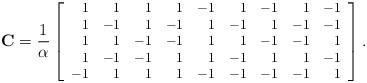
LaTeX: \begin{align*}\footnotesize\mathbf{C}=\frac{1}{\alpha}\left[\begin{array}{rrrrrrrrr}1&1&1&1&-1&1&-1&1&-1 \\1&-1 & 1 & -1 & 1 & -1 & 1 & -1 & -1\\1&1 & -1 & -1 & 1 & 1 & -1 & -1 & 1\\1&-1 & -1 & 1 & 1 & -1 & 1 & 1 & -1\\-1&1 & 1 & 1 & -1 & -1 & -1 & -1 & 1 \end{array}\right].\end{align*}